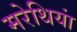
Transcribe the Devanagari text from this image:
मरेथियां